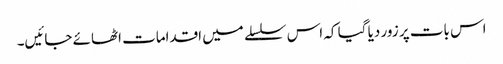
اس بات پر زور دیا گیا کہ اس سلسلے میں اقدامات اٹھائے جائیں۔